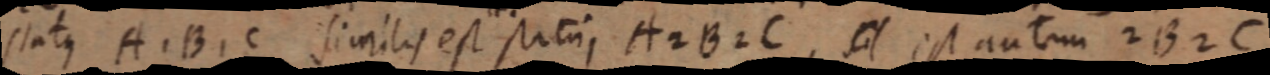
status A. B. C. similis est satin A2B2C, _ est autem 2B2C